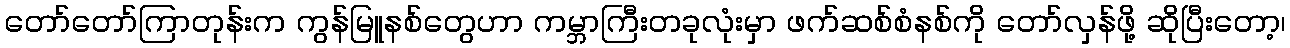
တော်တော်ကြာတုန်းက ကွန်မြူနစ်တွေဟာ ကမ္ဘာကြီးတခုလုံးမှာ ဖက်ဆစ်စံနစ်ကို တော်လှန်ဖို့ ဆိုပြီးတော့၊